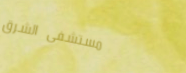
مستشفى الشرق